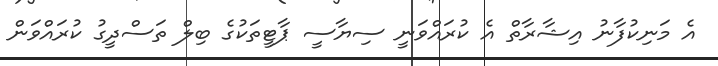
އެ މަނިކުފާނު އިޝާރާތް އެ ކުރައްވަނީ ސިޔާސީ ޕާޓީތަކުގެ ބިލް ތަސްދީގު ކުރައްވަން